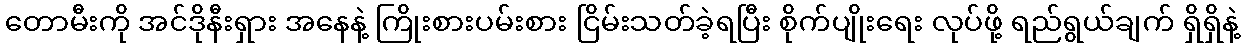
တောမီးကို အင်ဒိုနီးရှား အနေနဲ့ ကြိုးစားပမ်းစား ငြိမ်းသတ်ခဲ့ရပြီး စိုက်ပျိုးရေး လုပ်ဖို့ ရည်ရွယ်ချက် ရှိရှိနဲ့